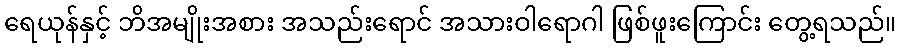
ရေယုန်နှင့် ဘိအမျိုးအစား အသည်းရောင် အသားဝါရောဂါ ဖြစ်ဖူးကြောင်း တွေ့ရသည်။